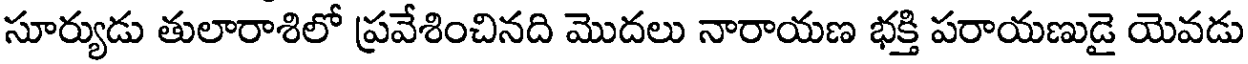
సూర్యుడు తులారాశిలో ప్రవేశించినది మొదలు నారాయణ భక్తి పరాయణుడై యెవడు